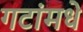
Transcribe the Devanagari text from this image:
गटांमधे